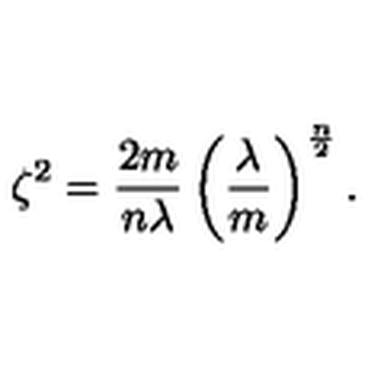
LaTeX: \zeta ^ { 2 } = \frac { 2 m } { n \lambda } \left( \frac { \lambda } { m } \right) ^ { \frac { n } { 2 } } .